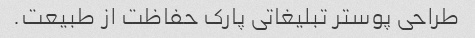
طراحی پوستر تبلیغاتی پارک حفاظت از طبیعت.